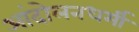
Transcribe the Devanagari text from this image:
आंदोलनधर्मी